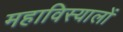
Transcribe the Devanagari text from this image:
महाविस्यालों